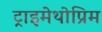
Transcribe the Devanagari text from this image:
ट्राइमेथोप्रिम